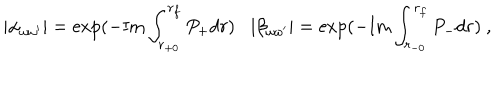
LaTeX: | \alpha _ { \omega \omega ^ { \prime } } | = \exp ( - \mathrm { I m } \int _ { r _ { + 0 } } ^ { r _ { f } } P _ { + } d r ) | \beta _ { \omega \omega ^ { \prime } } | = \exp ( - \mathrm { I m } \int _ { r _ { - 0 } } ^ { r _ { f } } P _ { - } d r ) ~ ,